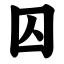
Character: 囚